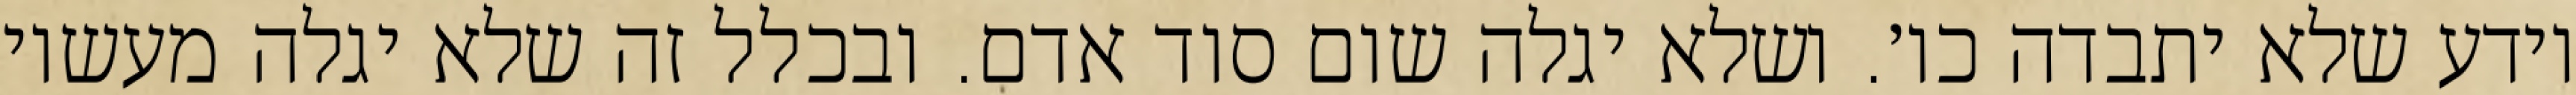
יודע שלא יתבדה כו׳. ושלא יגלה שום סוד אדם. ובכלל זה שלא יגלה מעשיו